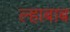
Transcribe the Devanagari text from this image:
ल्हाबाब